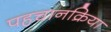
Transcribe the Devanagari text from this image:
पहचानक्रिया